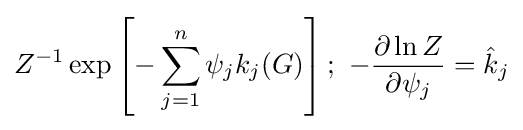
Z^{-1}\exp \left[-\sum _{j=1}^{n}\psi _{j}k_{j}(G)\right];\ -{\frac {\partial \ln Z}{\partial \psi _{j}}}={\hat {k}}_{j}